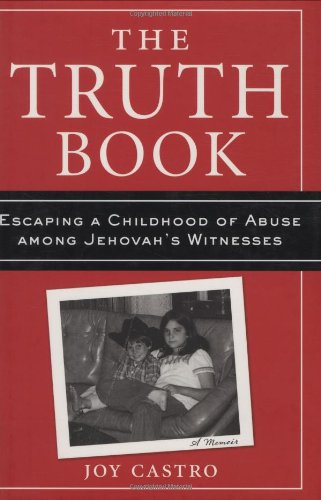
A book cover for The Truth Book: Escaping a Childhood of Abuse Among Jehovah's Witnesses; Joy Castro; Christian Books & Bibles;